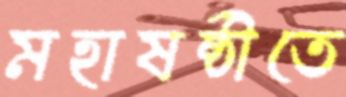
মহাষষ্ঠীতে